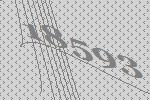
18593